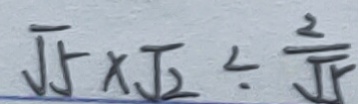
\sqrt { 5 } \times \sqrt { 2 } \div \frac { 2 } { \sqrt { 5 } }